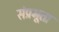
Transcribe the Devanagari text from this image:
संप्रभूता